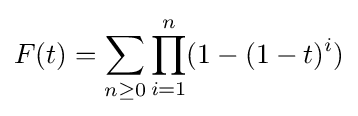
F(t)=\sum _{n\geq 0}\prod _{i=1}^{n}(1-(1-t)^{i})